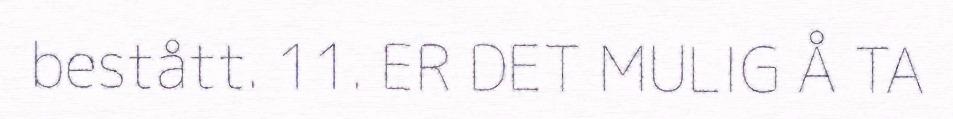
bestått. 11. ER DET MULIG Å TA